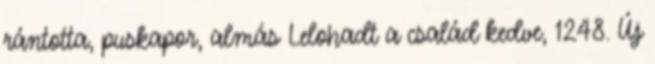
rántotta, puskapor, almás Lelohadt a család kedve, 1248. Új